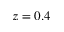
z = 0 . 4